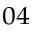
_ { 0 4 }